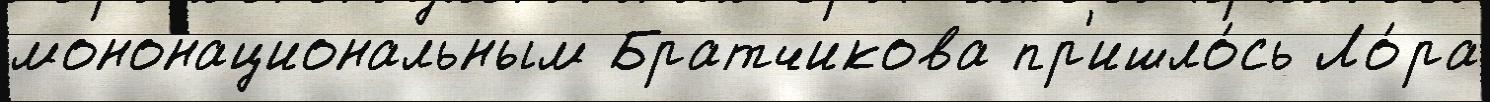
мононациональным Братчикова пр'ишло́сь Ло́ра